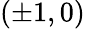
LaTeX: (\pm 1,0)